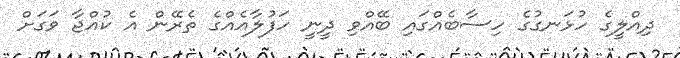
ދިއްލީގެ ހުޅަނގުގެ ހިސާބެއްގައި ބޭއްވި ދީނީ ހަފުލާއެއްގެ ތެރޭން އެ ކުއްޖާ ވަގަށް